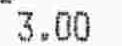
3.00